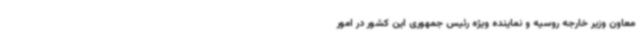
معاون وزیر خارجه روسیه و نماینده ویژه رئیس جمهوری این کشور در امور